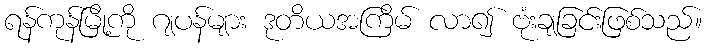
ရန်ကုန်မြို့ကို ဂျပန်များ ဒုတိယအကြိမ် လာ၍ ဗုံးချခြင်းဖြစ်သည်။